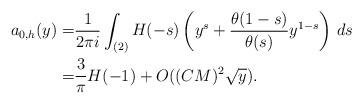
LaTeX: \begin{align*} a_{0,h}(y)=&\frac{1}{2\pi i} \int_{(2)} H(-s)\left(y^s +\frac{\theta(1-s)}{\theta(s)}y^{1-s} \right) \, ds \\=& \frac{3}{\pi} H(-1)+O( (CM)^2 \sqrt{y}).\end{align*}